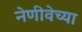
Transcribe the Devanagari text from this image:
नेणीवेच्या